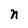
Character: n